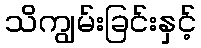
သိကျွမ်းခြင်းနှင့်